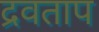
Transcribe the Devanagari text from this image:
द्रवताप